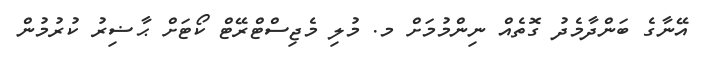
އޭނާގެ ބަންދާމެދު ގޮތެއް ނިންމުމަށް މ. މުލި މެޖިސްޓްރޭޓް ކޯޓަށް ޙާޟިރު ކުރުމުން